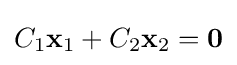
C_{1}\mathbf {x} _{1}+C_{2}\mathbf {x} _{2}=\mathbf {0}